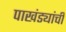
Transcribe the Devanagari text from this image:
पाखंड्यांची